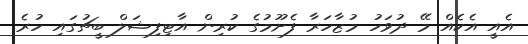
އެއީ އެކެއް މޭ ދުވަހު މުޒާހަރާ ފެށޫމުގެ ކުރިން އާޓިފިޝަލް ބީޗުގައި ހުރެ